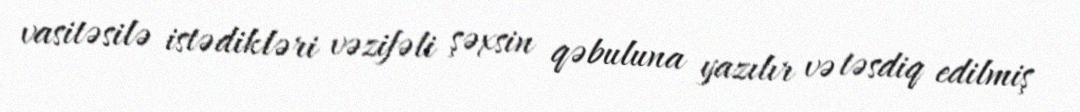
vasitəsilə istədikləri vəzifəli şəxsin qəbuluna yazılır və təsdiq edilmiş